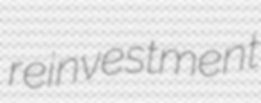
reinvestment